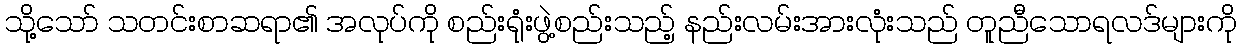
သို့သော် သတင်းစာဆရာ၏ အလုပ်ကို စည်းရုံးဖွဲ့စည်းသည့် နည်းလမ်းအားလုံးသည် တူညီသောရလဒ်များကို